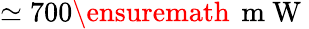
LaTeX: \simeq 700\ensuremath{\, \mathrm{~m~W~}}